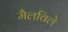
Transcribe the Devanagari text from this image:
मैलविले